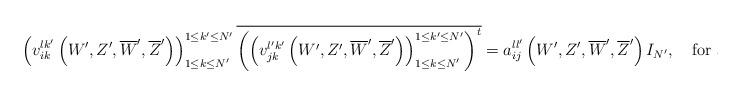
LaTeX: \begin{align*} \left(v^{lk'}_{ i k}\left(W',Z',\overline{W}',\overline{Z}'\right)\right)_{1 \leq k \leq N'}^{1 \leq k'\leq N'}\overline{ \left(\left(v^{l'k'}_{jk }\left(W',Z',\overline{W}',\overline{Z}'\right)\right)_{1 \leq k \leq N'}^{1 \leq k'\leq N'}\right)^{t}} =a_{ij}^{ll'}\left(W',Z',\overline{W}',\overline{Z}'\right)I_{N'},\quad\mbox{for all $i,j,l,l'=1,2$,} \end{align*}